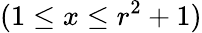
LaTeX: (1\leq x\leq r^{2}+1)